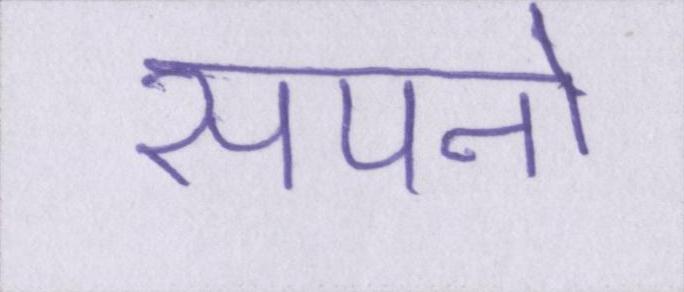
सपनो